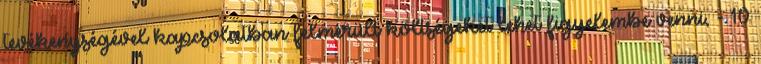
tevékenységével kapcsolatban felmerült költségeket lehet figyelembe venni, - 10